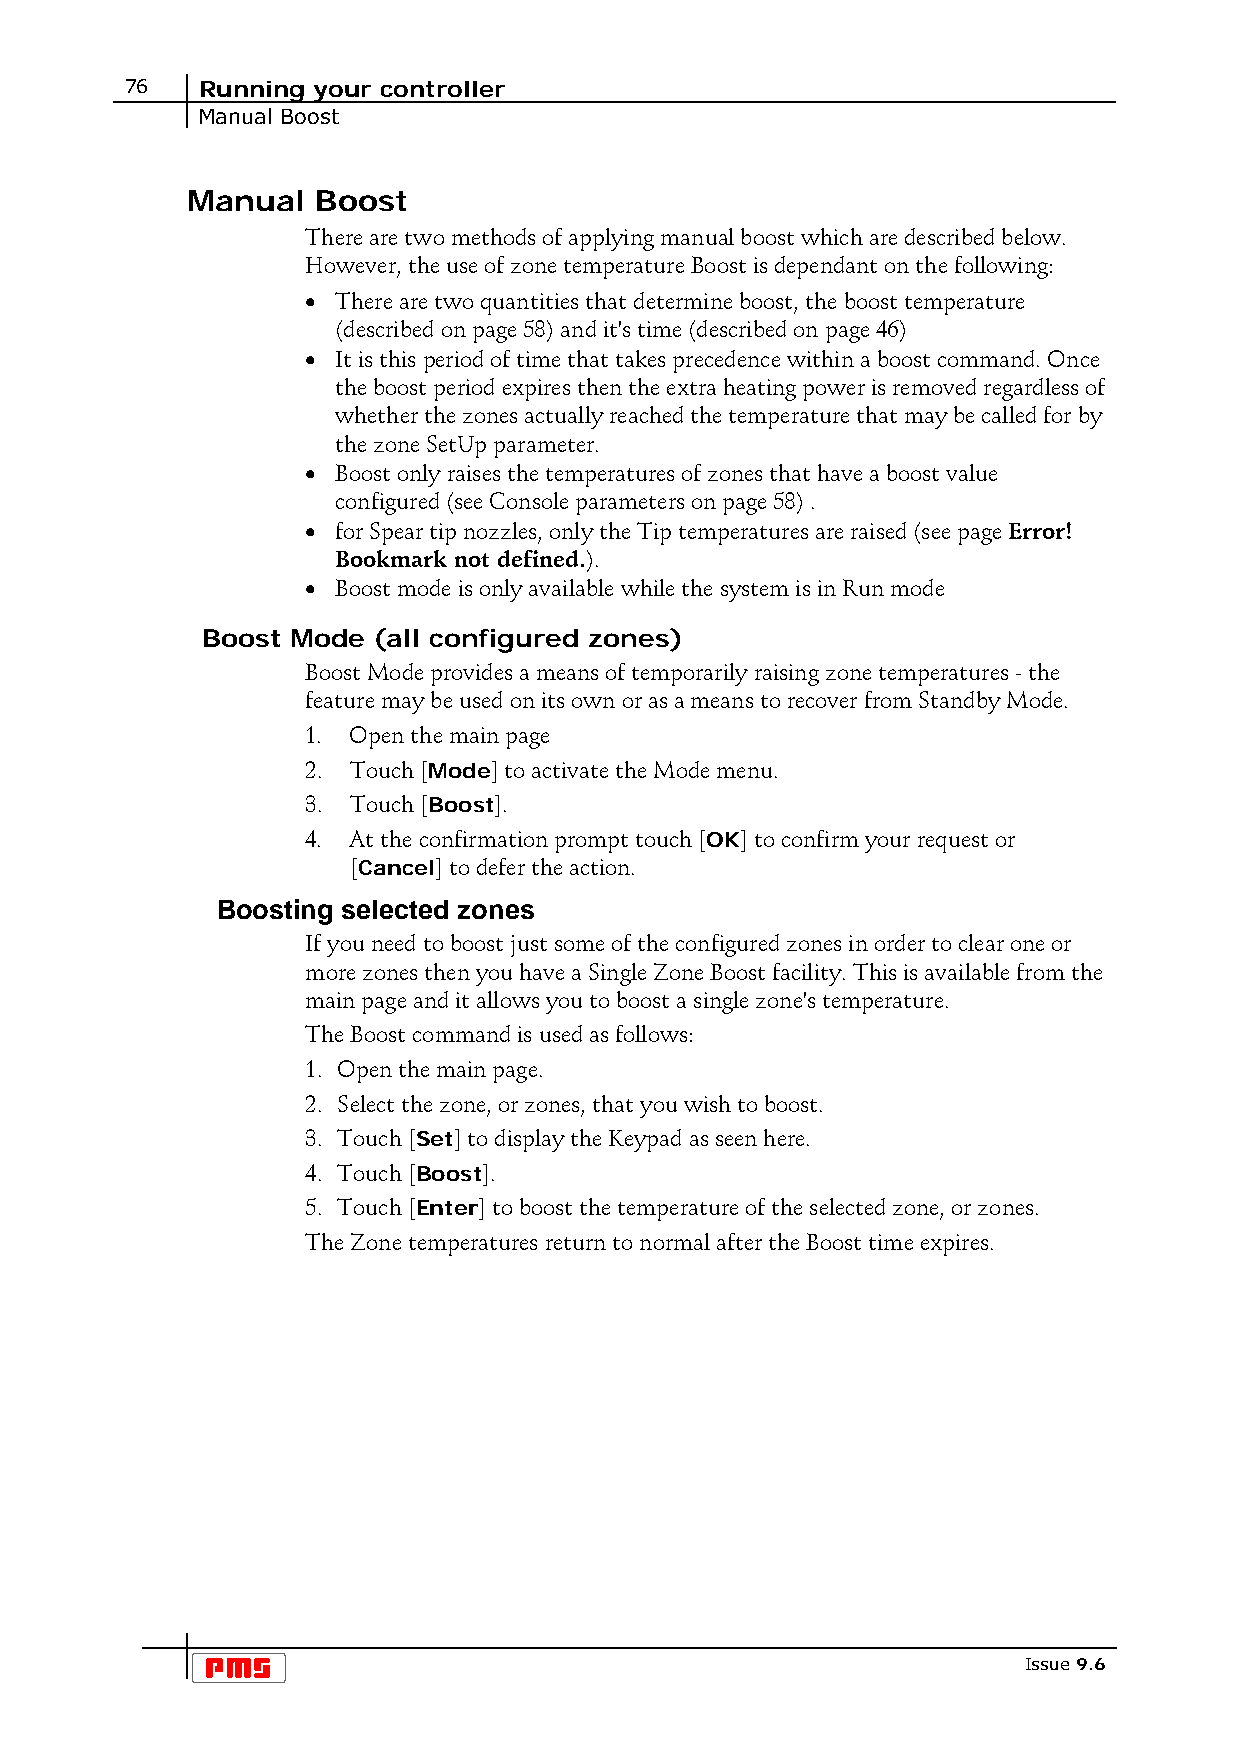
76   Running your controller
 Manual Boost
 Manual   Boost
 There are two methods of applying manual boost which are described below.
 However, the use of zone temperature Boost is dependant on the following:
 • There are two quantities that determine boost, the boost temperature
 (described on page 58) and it's time (described on page 46)
 • It is this period of time that takes precedence within a boost command. Once
 the boost period expires then the extra heating power is removed regardless of
 whether the zones actually reached the temperature that may be called for by
 the zone SetUp parameter.
 • Boost only raises the temperatures of zones that have a boost value
 configured (see Console parameters on page 58) .
 • for Spear tip nozzles, only the Tip temperatures are raised (see page Error!
 Bookmark not defined.).
 • Boost mode is only available while the system is in Run mode
 Boost Mode  (all configured zones)
 Boost Mode provides a means of temporarily raising zone temperatures - the
 feature may be used on its own or as a means to recover from Standby Mode.
 1. Open the main page
 2. Touch [Mode] to activate the Mode menu.
 3. Touch [Boost].
 4. At the confirmation prompt touch [OK] to confirm your request or
 [Cancel] to defer the action.
 Boosting selected zones
 If you need to boost just some of the configured zones in order to clear one or
 more zones then you have a Single Zone Boost facility. This is available from the
 main page and it allows you to boost a single zone's temperature.
 The Boost command is used as follows:
 1. Open the main page.
 2. Select the zone, or zones, that you wish to boost.
 3. Touch [Set] to display the Keypad as seen here.
 4. Touch [Boost].
 5. Touch [Enter] to boost the temperature of the selected zone, or zones.
 The Zone temperatures return to normal after the Boost time expires.
 Issue 9.6